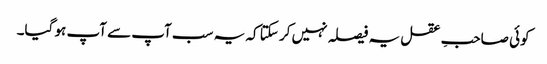
کوئی صاحبِ عقل یہ فیصلہ نہیں کر سکتا کہ یہ سب آپ سے آپ ہو گیا۔